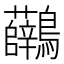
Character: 𪈟